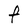
Character: F